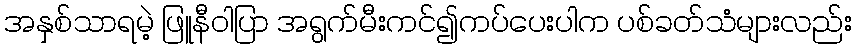
အနှစ်သာရမဲ့ ဖြူနီဝါပြာ အရွက်မီးကင်၍ကပ်ပေးပါက ပစ်ခတ်သံများလည်း